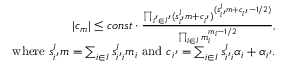
\begin{array} { r } { | c _ { m } | \le c o n s t \cdot \frac { \prod _ { i ^ { \prime } \in I ^ { \prime } } ( s _ { i ^ { \prime } } ^ { I } m + c _ { i ^ { \prime } } ) ^ { ( s _ { i ^ { \prime } } ^ { I } m + c _ { i ^ { \prime } } - 1 / 2 ) } } { \prod _ { i \in I } m _ { i } ^ { m _ { i } - 1 / 2 } } , } \\ { \; \; \; \mathrm { ~ w h e r e ~ } s _ { i ^ { \prime } } ^ { I } m = \sum _ { i \in I } s _ { i ^ { \prime } i } ^ { I } m _ { i } \mathrm { ~ a n d ~ } c _ { i ^ { \prime } } = \sum _ { i \in I } s _ { i ^ { \prime } i } ^ { I } \alpha _ { i } + \alpha _ { i ^ { \prime } } . } \end{array}